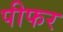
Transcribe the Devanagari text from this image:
पीफर